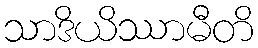
သာဒိယိဿာမီတိ